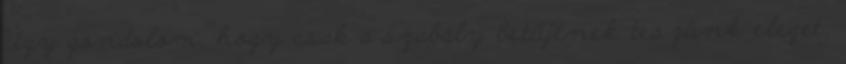
Úgy gondolom, hogy csak a szabály betűjének teszünk eleget,